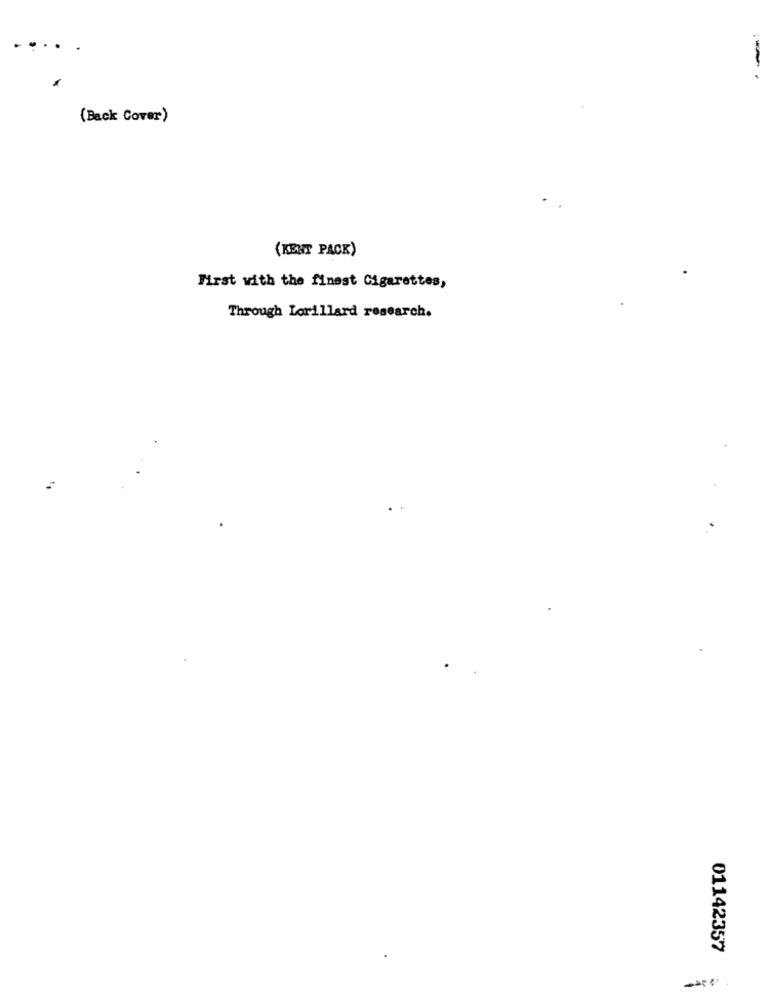
--
(Back Cover)
(KENT PACK)
First with the finest Cigarettes,
Through Lorillard research.
01142357